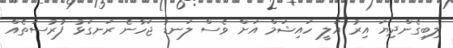
ލިބިގެންދިޔަ އިރު އަލީ ހައިޝަމް އަށް ވެސް ލަނޑު ޖަހާނެ ރަނގަޅު ފުރުސަތެއް